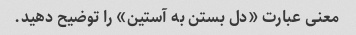
معنی عبارت «دل بستن به آستین» را توضیح دهید.